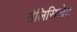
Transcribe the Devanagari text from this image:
सेलिसिलेट